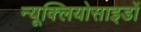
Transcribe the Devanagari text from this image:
न्यूक्लियोसाइडों